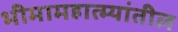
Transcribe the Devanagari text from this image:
भीमामहात्म्यांतील